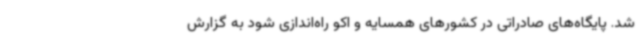
شد. پایگاه‌های صادراتی در کشورهای همسایه و اکو راه‌اندازی شود به گزارش